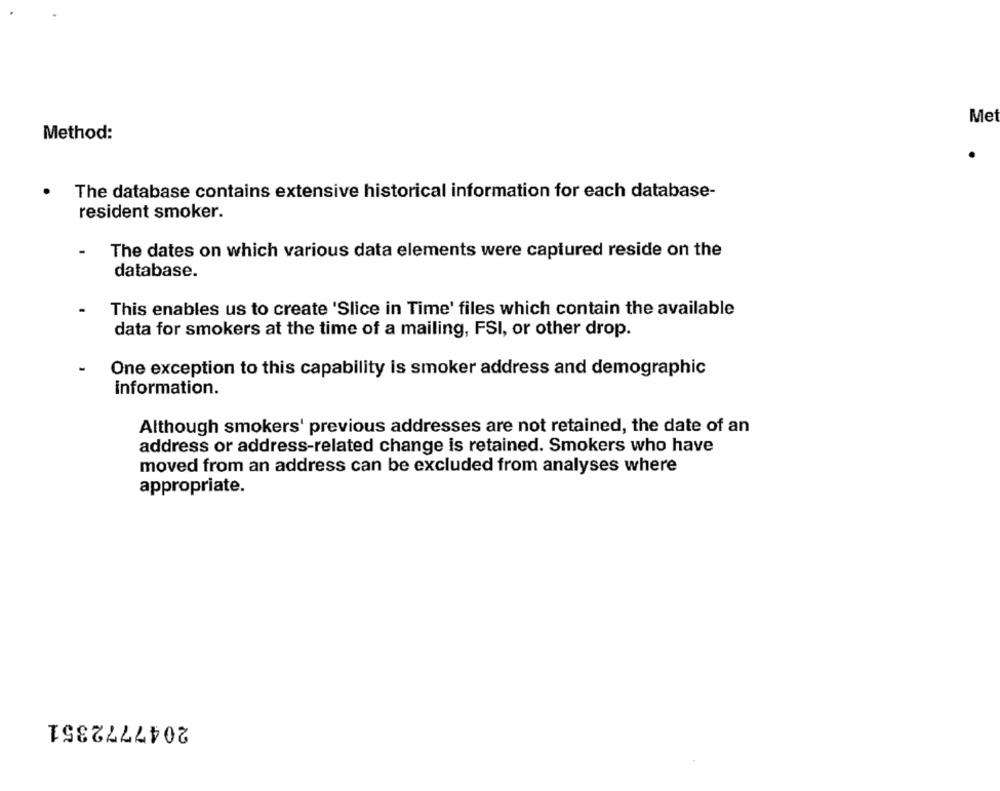
Me
Method:
The database contains extensive historical information for each database-
resident smoker.
The dates on which various data elements were captured reside on the
database.
This enables us to create 'Slice in Time' files which contain the available
data for smokers at the time of a mailing, FSI, or other drop.
One exception to this capability is smoker address and demographic
information.
Although smokers' previous addresses are not retained, the date of an
address or address-related change is retained. Smokers who have
moved from an address can be excluded from analyses where
appropriate.
2047772351